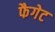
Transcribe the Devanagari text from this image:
फैगेट